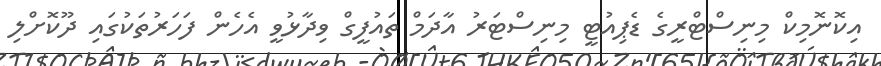
އިކޮނޮމިކް މިނިސްޓްރީގެ ޑެޕިއުޓީ މިނިސްޓަރު އާދަމް ތައުފީގް ވިދާޅުވީ އެހެން ފަހަރުތަކުގައި ދޫކޮށްލި